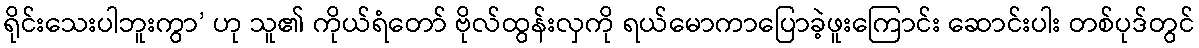
ရိုင်းသေးပါဘူးကွာ’ ဟု သူ၏ ကိုယ်ရံတော် ဗိုလ်ထွန်းလှကို ရယ်မောကာပြောခဲ့ဖူးကြောင်း ဆောင်းပါး တစ်ပုဒ်တွင်